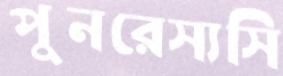
পুনরেস্যসি